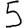
Digit: 5